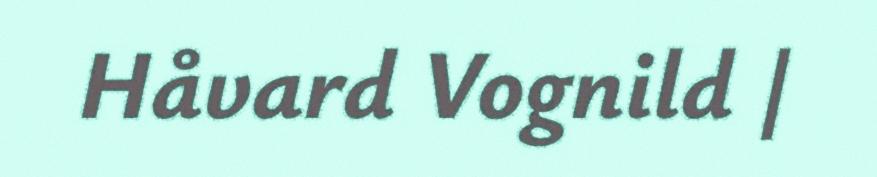
Håvard Vognild |